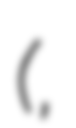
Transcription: (永福町駅,